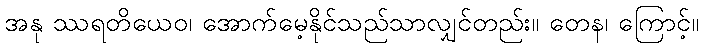
အနု ဿရတိယေဝ၊ အောက်မေ့နိုင်သည်သာလျှင်တည်း။ တေန၊ ကြောင့်။